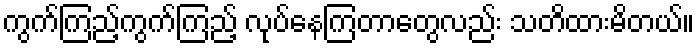
ကွက်ကြည့်ကွက်ကြည့် လုပ်နေကြတာတွေလည်း သတိထားမိတယ်။